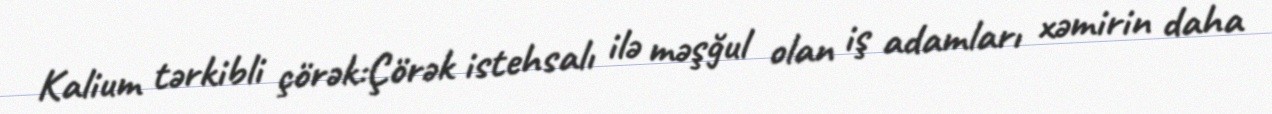
Kalium tərkibli çörək:Çörək istehsalı ilə məşğul olan iş adamları xəmirin daha